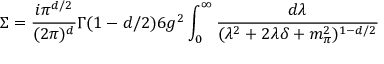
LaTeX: \Sigma = { \frac { i \pi ^ { d / 2 } } { ( 2 \pi ) ^ { d } } } \Gamma ( 1 - d / 2 ) 6 g ^ { 2 } \int _ { 0 } ^ { \infty } { \frac { d \lambda } { ( \lambda ^ { 2 } + 2 \lambda \delta + m _ { \pi } ^ { 2 } ) ^ { 1 - d / 2 } } }